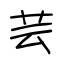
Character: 芸